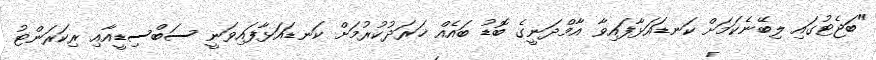
"ބަޖެޓުގައި ލިބޭނެކަމަށް ކަނޑައަޅާފައިވާ އާމްދަނީގެ ބޮޑު ބައެއް ޚަރަދުކުރުމަށް ކަނޑައަޅާފައިވަނީ ސަބްސިޑީއާއި ރިކަރަންޓު